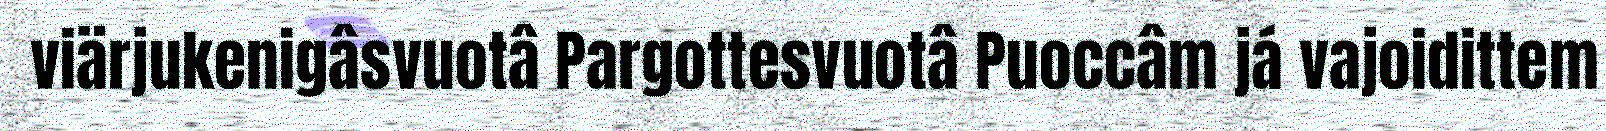
viärjukenigâsvuotâ Pargottesvuotâ Puoccâm já vajoidittem